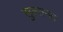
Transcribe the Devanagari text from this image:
सुल्तनत